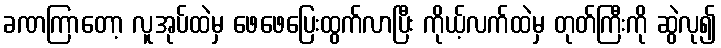
ခဏကြာတော့ လူအုပ်ထဲမှ ဖေဖေပြေးထွက်လာပြီး ကိုယ့်လက်ထဲမှ တုတ်ကြီးကို ဆွဲလု၍